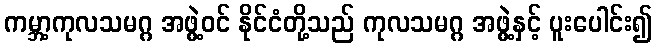
ကမ္ဘာ့ကုလသမဂ္ဂ အဖွဲ့ဝင် နိုင်ငံတို့သည် ကုလသမဂ္ဂ အဖွဲ့နှင့် ပူးပေါင်း၍